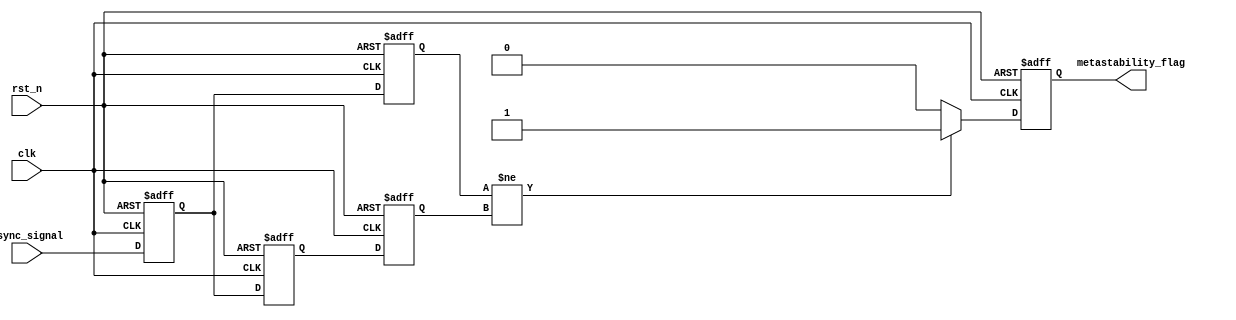
module metastability_detector (
    input wire clk,               // Clock signal
    input wire rst_n,             // Active low reset signal
    input wire async_signal,      // Asynchronous input signal to be monitored
    output reg metastability_flag  // Output flag indicating metastability
);

// Internal signals
reg ff1, ff2;
reg ff1_prev, ff2_prev;

// Sequential logic for sampling the input signal
always @(posedge clk or negedge rst_n) begin
    if (!rst_n) begin
        ff1 <= 1'b0;
        ff2 <= 1'b0;
        ff1_prev <= 1'b0;
        ff2_prev <= 1'b0;
        metastability_flag <= 1'b0;
    end else begin
        // Sample the asynchronous input signal
        ff1 <= async_signal;
        ff2 <= ff1;

        // Store previous states for pulse generation
        ff1_prev <= ff1;
        ff2_prev <= ff2;
        
        // Detect metastability condition
        if (ff1_prev != ff2_prev) begin
            metastability_flag <= 1'b1; // Set flag if outputs differ
        end else begin
            metastability_flag <= 1'b0;  // Clear flag otherwise
        end
    end
end

endmodule